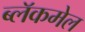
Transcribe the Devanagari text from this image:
ब्लॅकमेल